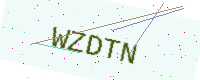
Text: WZDTN